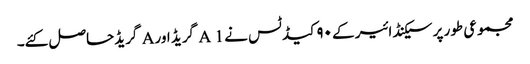
مجموعی طور پر سیکنڈ ائیر کے ۹۰ کیڈ ٹس نے A 1 گریڈ اور A گریڈحاصل کئے۔